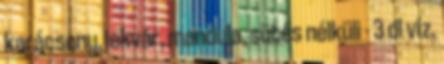
karácsony, lekvár, mandula, sütés nélküli - 3 dl víz,